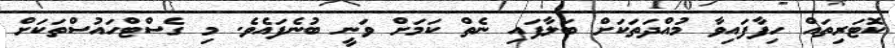
ކޮޓަރިތައް ހިފާފައިވާ މުއްދަތަކަށް ބަލާފައި ނެތް ކަމަށް ވަނީ ބުނެފައެވެ. މި ގެސްޓްހައުސްތަކަށް